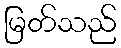
မြတ်သည်